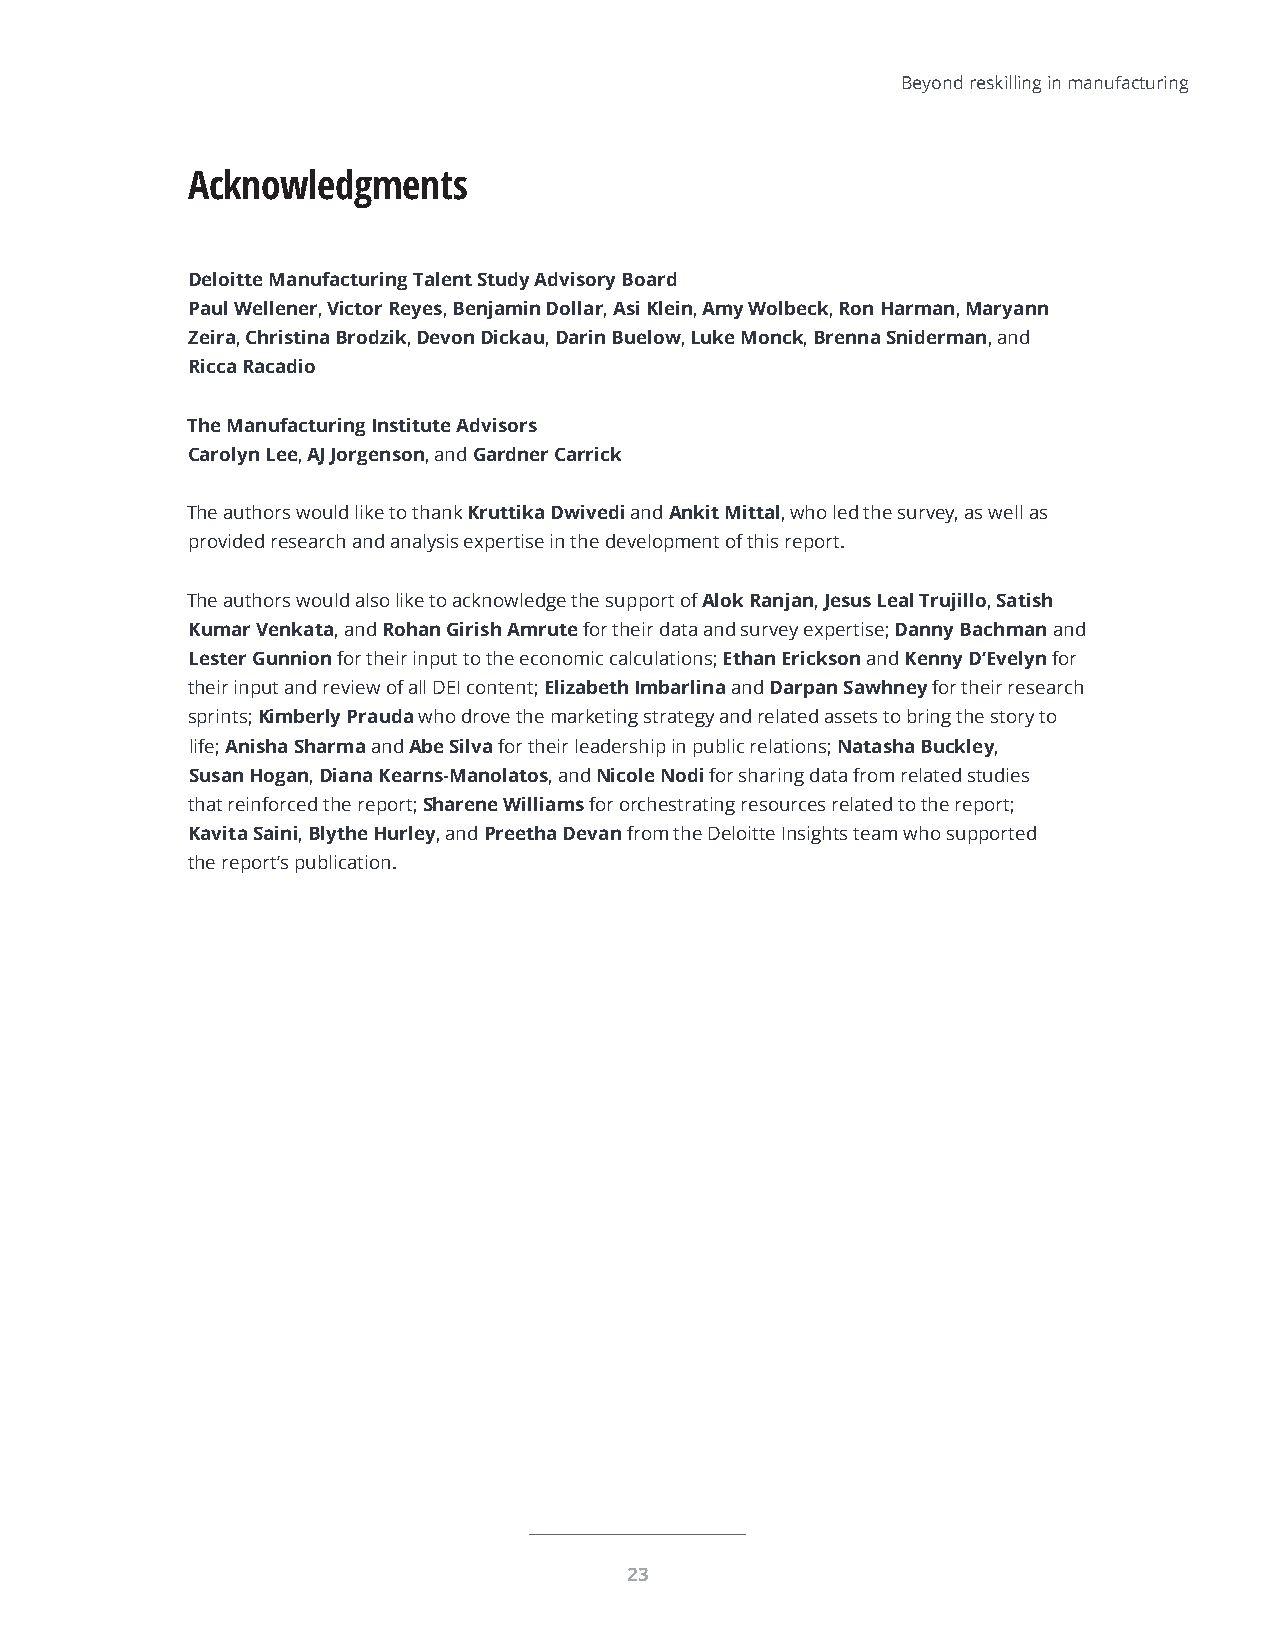
Beyond reskilling in manufacturing
 Acknowledgments
 Deloitte Manufacturing Talent Study Advisory Board
 Paul Wellener, Victor Reyes, Benjamin Dollar, Asi Klein, Amy Wolbeck, Ron Harman, Maryann
 Zeira, Christina Brodzik, Devon Dickau, Darin Buelow, Luke Monck, Brenna Sniderman, and
 Ricca Racadio
 The Manufacturing Institute Advisors
 Carolyn Lee, AJ Jorgenson, and Gardner Carrick
 The authors would like to thank Kruttika Dwivedi and Ankit Mittal, who led the survey, as well as
 provided research and analysis expertise in the development of this report.
 The authors would also like to acknowledge the support of Alok Ranjan, Jesus Leal Trujillo, Satish
 Kumar Venkata, and Rohan Girish Amrute for their data and survey expertise; Danny Bachman and
 Lester Gunnion for their input to the economic calculations; Ethan Erickson and Kenny D’Evelyn for
 their input and review of all DEI content; Elizabeth Imbarlina and Darpan Sawhney for their research
 sprints; Kimberly Prauda who drove the marketing strategy and related assets to bring the story to
 life; Anisha Sharma and Abe Silva for their leadership in public relations; Natasha Buckley,
 Susan Hogan, Diana Kearns-Manolatos, and Nicole Nodi for sharing data from related studies
 that reinforced the report; Sharene Williams for orchestrating resources related to the report;
 Kavita Saini, Blythe Hurley, and Preetha Devan from the Deloitte Insights team who supported
 the report’s publication.
 23